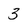
Character: 3